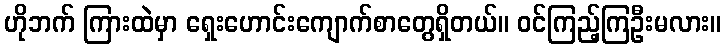
ဟိုဘက် ကြားထဲမှာ ရှေးဟောင်းကျောက်စာတွေရှိတယ်။ ဝင်ကြည့်ကြဦးမလား။